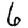
Digit: 6